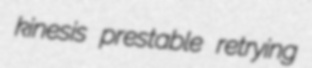
kinesis prestable retrying